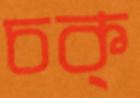
চক্